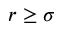
r \geq \sigma